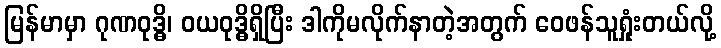
မြန်မာမှာ ဂုဏဝုဒ္ဓိ၊ ဝယဝုဒ္ဓိရှိပြီး ဒါကိုမလိုက်နာတဲ့အတွက် ဝေဖန်သူရှုံးတယ်လို့